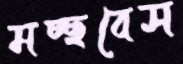
মচ্ছবেস